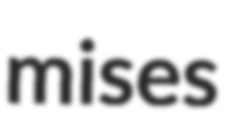
mises